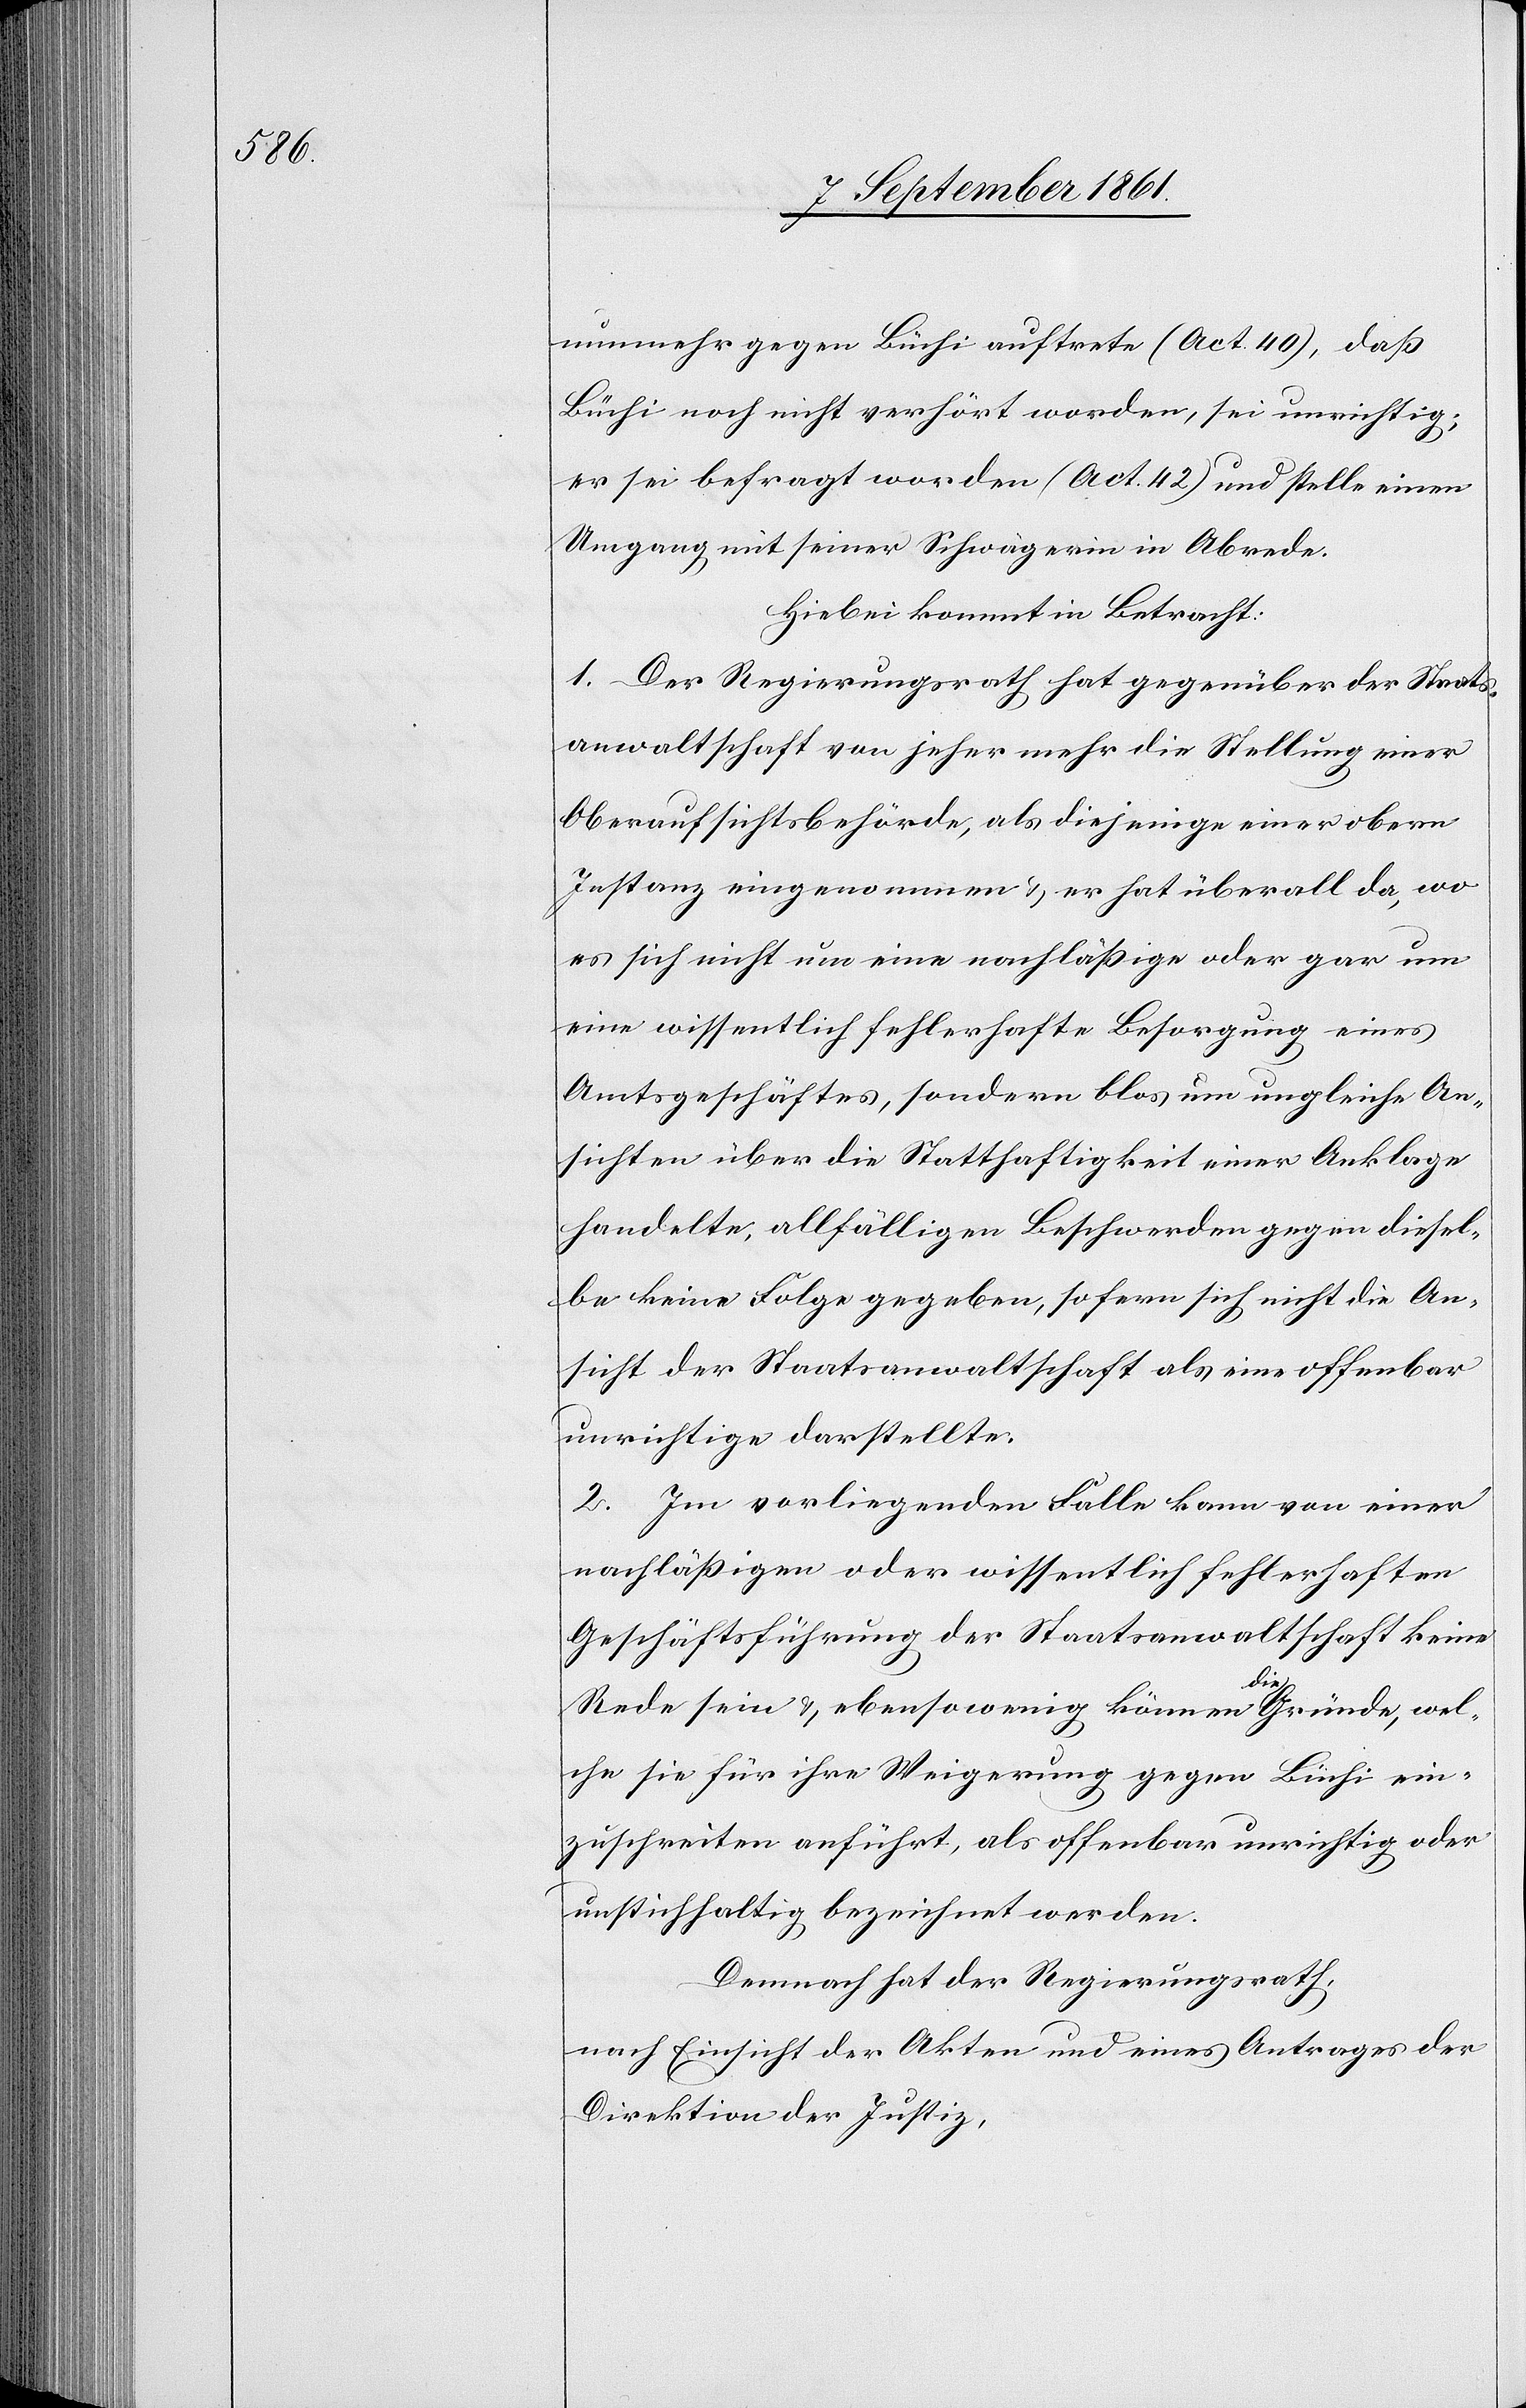
nunmehr gegen Büchi auftrete (Act. 40), daß
Büchi noch nicht verhört worden, sei unwichtig;
er sei befragt worden (Act. 42) und stelle einen
Umgang mit seiner Schwägerin in Abrede.
Hiebei kommt in Betracht:
1. Der Regierungsrath hat gegenüber der Staats¬
anwaltschaft von jeher mehr die Stellung einer
Oberaufsichtsbehörde, als diejenige einer obern
Instanz eingenommen u. er hat überall da, wo
es sich nicht um eine nachläßige oder gar um
eine wissentlich fehlerhafte Besorgung eines
Amtsgeschäftes, sondern blos um ungleiche An¬
sichten über die Statthaftigkeit einer Anklage
handelte, allfälligen Beschwerden gegen diesel¬
be keine Folge gegeben, sofern sich nicht die An¬
sicht der Staatsanwaltschaft als eine offenbar
unrichtige darstellte.
2. Im vorliegenden Falle kann von einer
nachläßigen oder wissentlich fehlerhaften
Geschäftsführung der Staatsanwaltschaft keine
Rede sein u. ebensowenig können die Gründe, wel¬
che sie für ihre Weigerung gegen Büchi ein¬
zuschreiten anführt, als offenbar unrichtig oder
unstichhaltig, bezeichnet werden.
Demnach hat der Regierungsrath,
nach Einsicht der Akten und eines Antrages der
Direktion der Justiz,